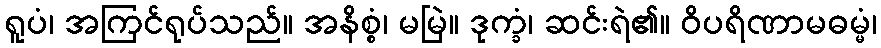
ရူပံ၊ အကြင်ရုပ်သည်။ အနိစ္စံ၊ မမြဲ။ ဒုက္ခံ၊ ဆင်းရဲ၏။ ဝိပရိဏာမဓမ္မံ၊